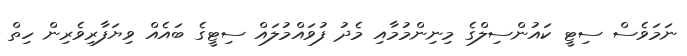
ނަމަވެސް ސިޓީ ކައުންސިލްގެ މިނިންމުމާއި މެދު ފުވައްމުލައް ސިޓީގެ ބައެއް ވިޔަފާރިވެރިން ހިތް